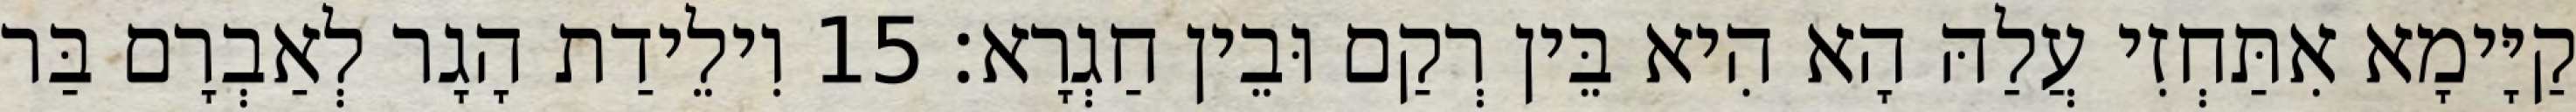
קַיָּימָא אִתַּחְזִי עֲלַהּ הָא הִיא בֵּין רְקַם וּבֵין חַגְרָא׃ 15 וִילֵידַת הָגָר לְאַבְרָם בַּר